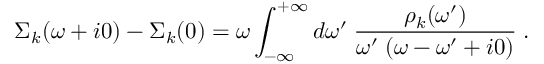
\Sigma _ { k } ( \omega + i 0 ) - \Sigma _ { k } ( 0 ) = \omega \int _ { - \infty } ^ { + \infty } d \omega ^ { \prime } \; \frac { \rho _ { k } ( \omega ^ { \prime } ) } { \omega ^ { \prime } \; ( \omega - \omega ^ { \prime } + i 0 ) } \; .